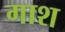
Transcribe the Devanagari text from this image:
गाश